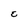
Character: E